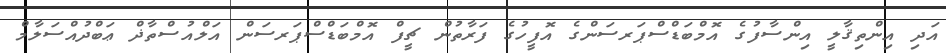
އަދި އިންތިޤާލީ އިންސާފުގެ އޮމްބަޑްސްޕަރސަންގެ އޮފީހުގެ ފަރާތުން ޗީފް އޮމްބަޑްސްޕަރސަން އަލްއުސްތާޛް ޢަބްދުއްސަލާމް